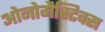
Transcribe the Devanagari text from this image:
ओनोमैस्टिक्स